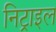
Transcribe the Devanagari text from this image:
निट्राइल